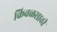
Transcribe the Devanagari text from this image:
किवळसाठी